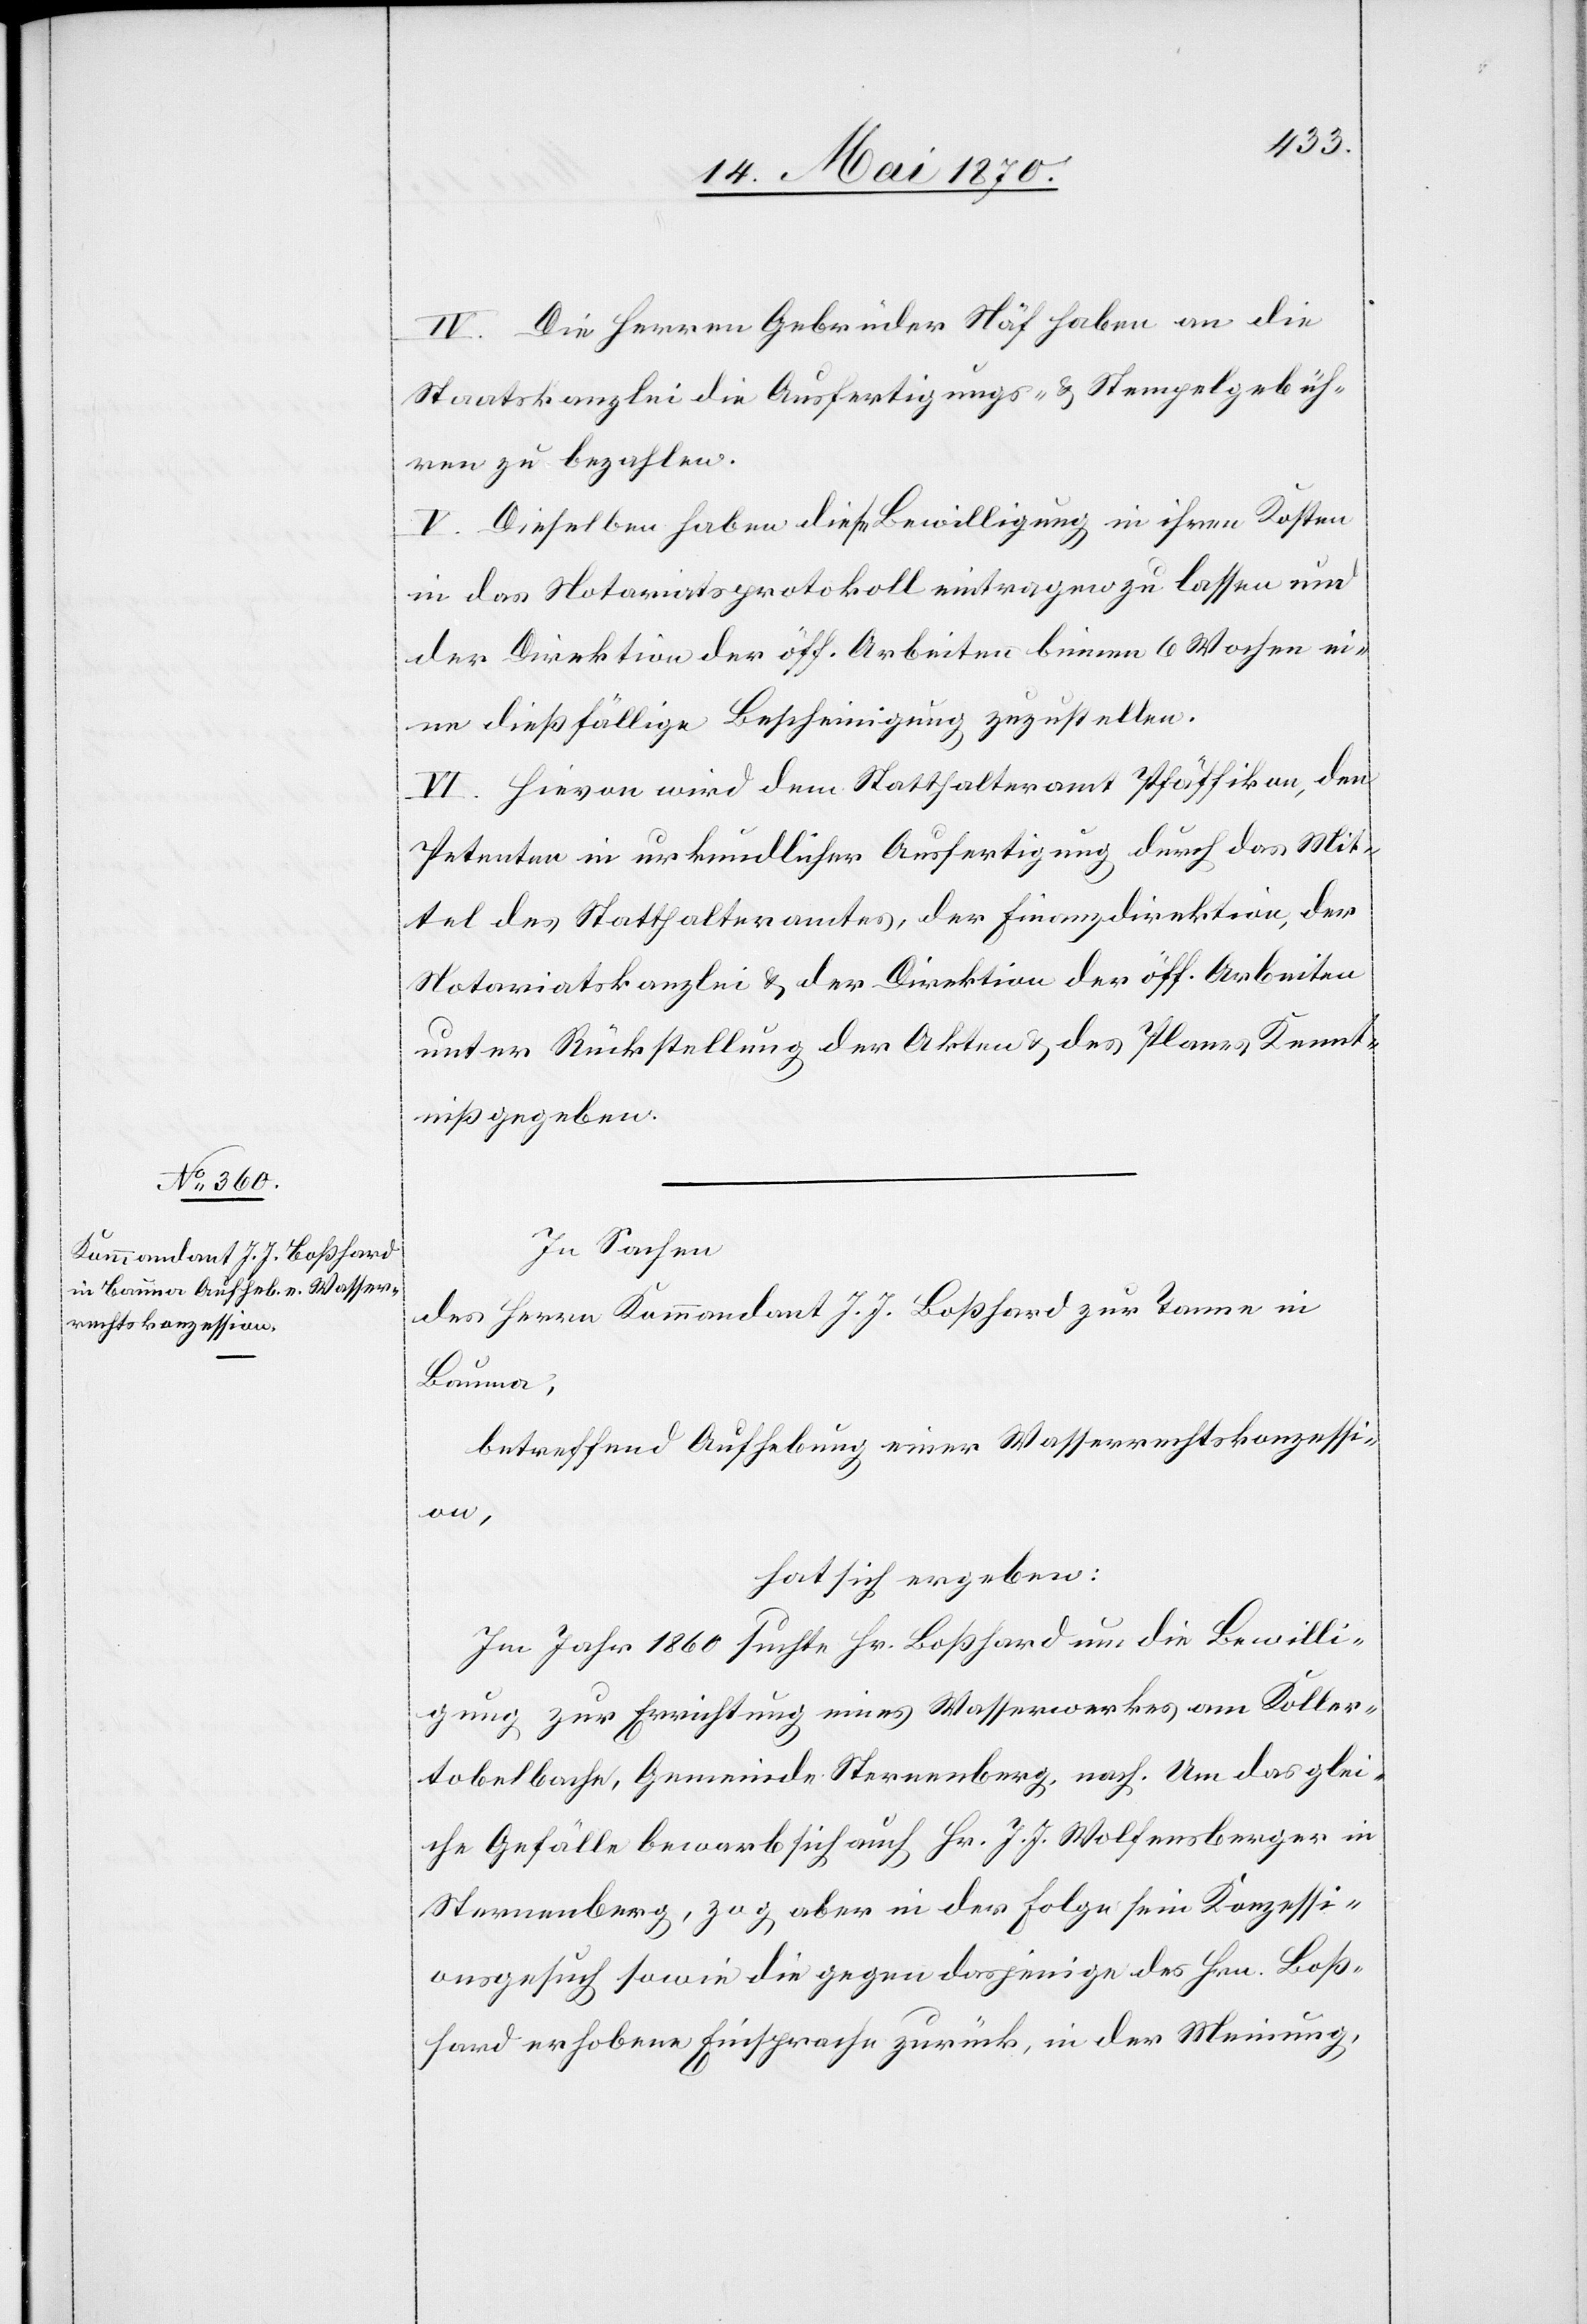
IV. Die Herren Gebrüder Näf haben an die
Staatskanzlei die Ausfertigungs- & Stempelgebüh¬
ren zu bezahlen.
V. Dieselben haben diese Bewilligung in ihren Kosten
in das Notariatsprotokoll eintragen zu lassen und
der Direktion der öff. Arbeiten binnen 6 Wochen ei¬
ne dießfällige Bescheinigung zuzustellen.
VI. Hievon wird dem Statthalteramt Pfäffikon, den
Petenten in urkundlicher Ausfertigung durch das Mit¬
tel des Statthalteramtes, der Finanzdirektion, der
Notariatskanzlei & der Direktion der öff. Arbeiten
unter Rückstellung der Akten & des Planes Kennt¬
niß gegeben.
In Sachen
des Herrn Kommandant J. J. Boßhard zur Tanne in
Bauma,
betreffend Aufhebung einer Wasserrechtskonzessi¬
on,
hat sich ergeben:
Im Jahr 1860 suchte Hr. Boßhard um die Bewilli¬
gung zur Errichtung eines Wasserwerkes am Koller¬
tobelbache, Gemeinde Sternenberg, nach. Um das glei¬
che Gefälle bewarb sich auch Hr. J. J. Wolfensberger in
Sternenberg, zog aber in der Folge sein Konzessi¬
onsgesuch sowie die gegen dasjenige des Hrn. Boß¬
hard erhobene Einsprache zurück, in der Meinung,